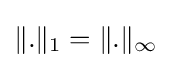
\|.\|_{1}=\|.\|_{\infty }